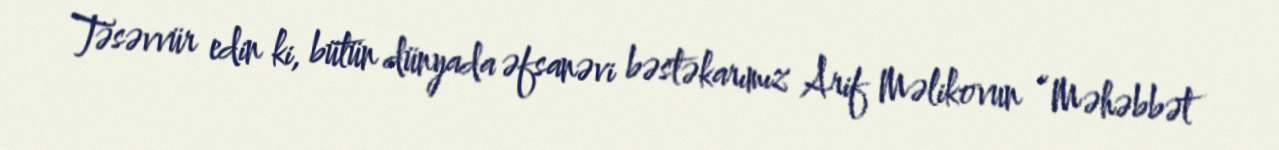
Təsəvvür edin ki, bütün dünyada əfsanəvi bəstəkarımız Arif Məlikovun “Məhəbbət